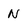
Character: N